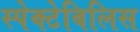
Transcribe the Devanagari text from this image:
स्पेक्टेबिलिस